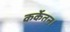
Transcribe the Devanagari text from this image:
कर्केतन।